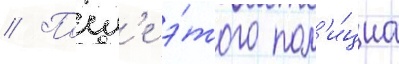
// Посл'е э́того пол'и́циа